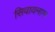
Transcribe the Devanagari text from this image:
सिवायनाम